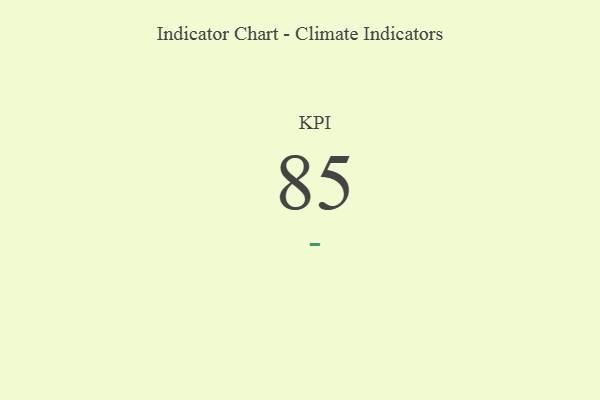
{"axis": {"x": "KPI", "y": "Value"}, "legend": [""], "data": [{"x": "KPI", "y": 85, "type": ""}]}